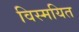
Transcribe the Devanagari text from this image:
विस्मयित